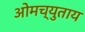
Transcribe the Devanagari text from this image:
ओमच्युताय